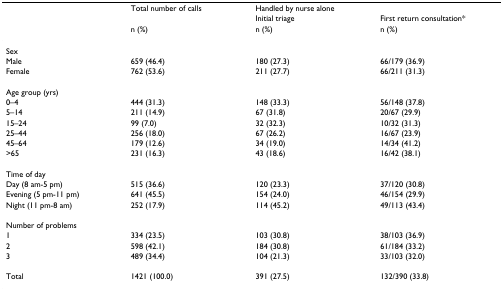
|  | Total number of calls | Handled by nurse alone |  |
 |  |  | Initial triage | First return consultation* |
 |  | n (%) | n (%) | n (%) |
 | --- | --- | --- | --- |
 | Sex |  |  |  |
 | Male | 659 (46.4) | 180 (27.3) | 66/179 (36.9) |
 | Female | 762 (53.6) | 211 (27.7) | 66/211 (31.3) |
 | Age group (yrs) |  |  |  |
 | 0–4 | 444 (31.3) | 148 (33.3) | 56/148 (37.8) |
 | 5–14 | 211 (14.9) | 67 (31.8) | 20/67 (29.9) |
 | 15–24 | 99 (7.0) | 32 (32.3) | 10/32 (31.3) |
 | 25–44 | 256 (18.0) | 67 (26.2) | 16/67 (23.9) |
 | 45–64 | 179 (12.6) | 34 (19.0) | 14/34 (41.2) |
 | >65 | 231 (16.3) | 43 (18.6) | 16/42 (38.1) |
 | Time of day |  |  |  |
 | Day (8 am-5 pm) | 515 (36.6) | 120 (23.3) | 37/120 (30.8) |
 | Evening (5 pm-11 pm) | 641 (45.5) | 154 (24.0) | 46/154 (29.9) |
 | Night (11 pm-8 am) | 252 (17.9) | 114 (45.2) | 49/113 (43.4) |
 | Number of problems |  |  |  |
 | 1 | 334 (23.5) | 103 (30.8) | 38/103 (36.9) |
 | 2 | 598 (42.1) | 184 (30.8) | 61/184 (33.2) |
 | 3 | 489 (34.4) | 104 (21.3) | 33/103 (32.0) |
 | Total | 1421 (100.0) | 391 (27.5) | 132/390 (33.8) |